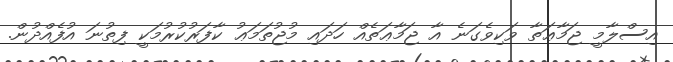
އިސްލާމީ ޖަމާޢަތާ ވަކިވެގަނެ އާ ޖަމާޢަތެއް ހަދައި މުޖުތަމަޢު ކާފަރުކުރުމަކީ ފިތުނަ އުފެއްދުން.